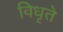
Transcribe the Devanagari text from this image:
विधृते